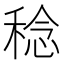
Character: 稔